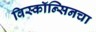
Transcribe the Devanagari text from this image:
विस्कॉन्सिनचा